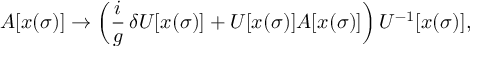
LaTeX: A [ x ( \sigma ) ] \rightarrow \left( \frac { i } { g } \, \delta U [ x ( \sigma ) ] + U [ x ( \sigma ) ] A [ x ( \sigma ) ] \right) U ^ { - 1 } [ x ( \sigma ) ] ,